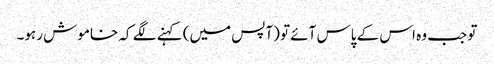
تو جب وہ اس کے پاس آئے تو (آپس میں) کہنے لگے کہ خاموش رہو۔